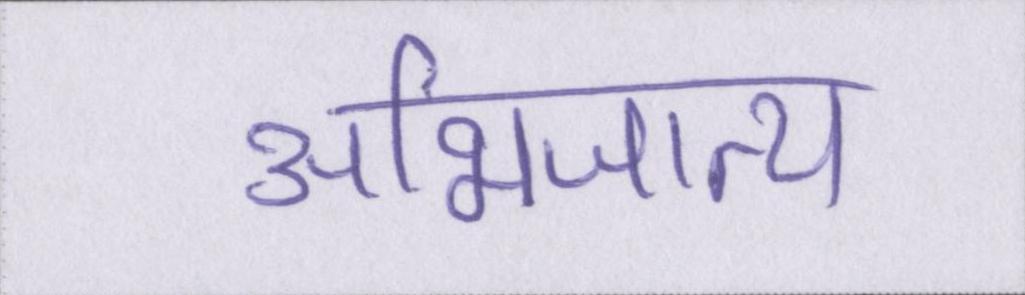
अभिजात्य